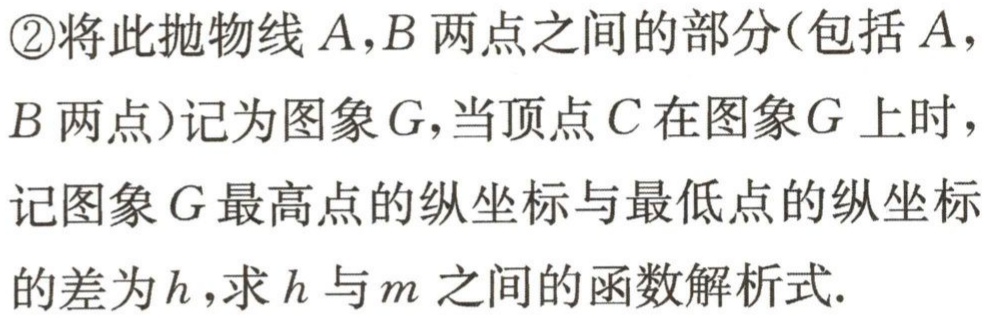
\textcircled{2}将此抛物线\(A,B\)两点之间的部分(包括\(A\)，\(B\)两点)记为图象\(G\)，当顶点\(C\)在图象\(G\)上时，记图象\(G\)最高点的纵坐标与最低点的纵坐标的差为\(h\)，求\(h\)与\(m\)之间的函数解析式.